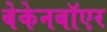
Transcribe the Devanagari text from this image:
बेकेनबॉएर